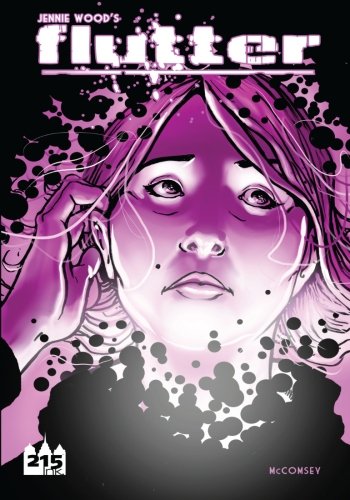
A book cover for Flutter, Vol. 1: Hell Can Wait; Jennie Wood; Comics & Graphic Novels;